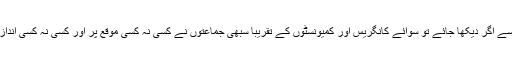
باقی دوسری تمام جماعتوں کے تعلق سے اگر دیکھا جائے تو سوائے کانگریس اور کمیونسٹوں کے تقریبا سبھی جماعتوں نے کسی نہ کسی موقع پر اور کسی نہ کسی انداز میں بی جے پی سے دوستی کی ہے ۔